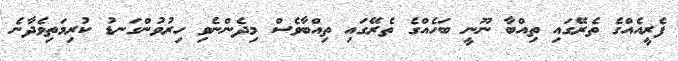
ފެރީއެއްގެ ތެރޭގައި ތިއްބާ ނޫނީ ބަހެއްގެ ތެރޭގައި ތިއްބާވެސް މިދެންނެވި ހިރުވުންގަނޑު ކުރިމަތިވެދާނެ